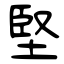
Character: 堅